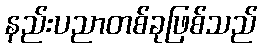
နည်းပညာတစ်ခုဖြစ်သည်